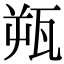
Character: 𬎫